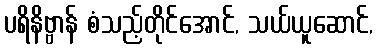
ပရိနိဗ္ဗာန် စံသည့်တိုင်အောင်, သယ်ယူဆောင်,